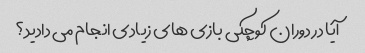
آیا در دوران کوچکی بازی های زیادی انجام می دادید؟